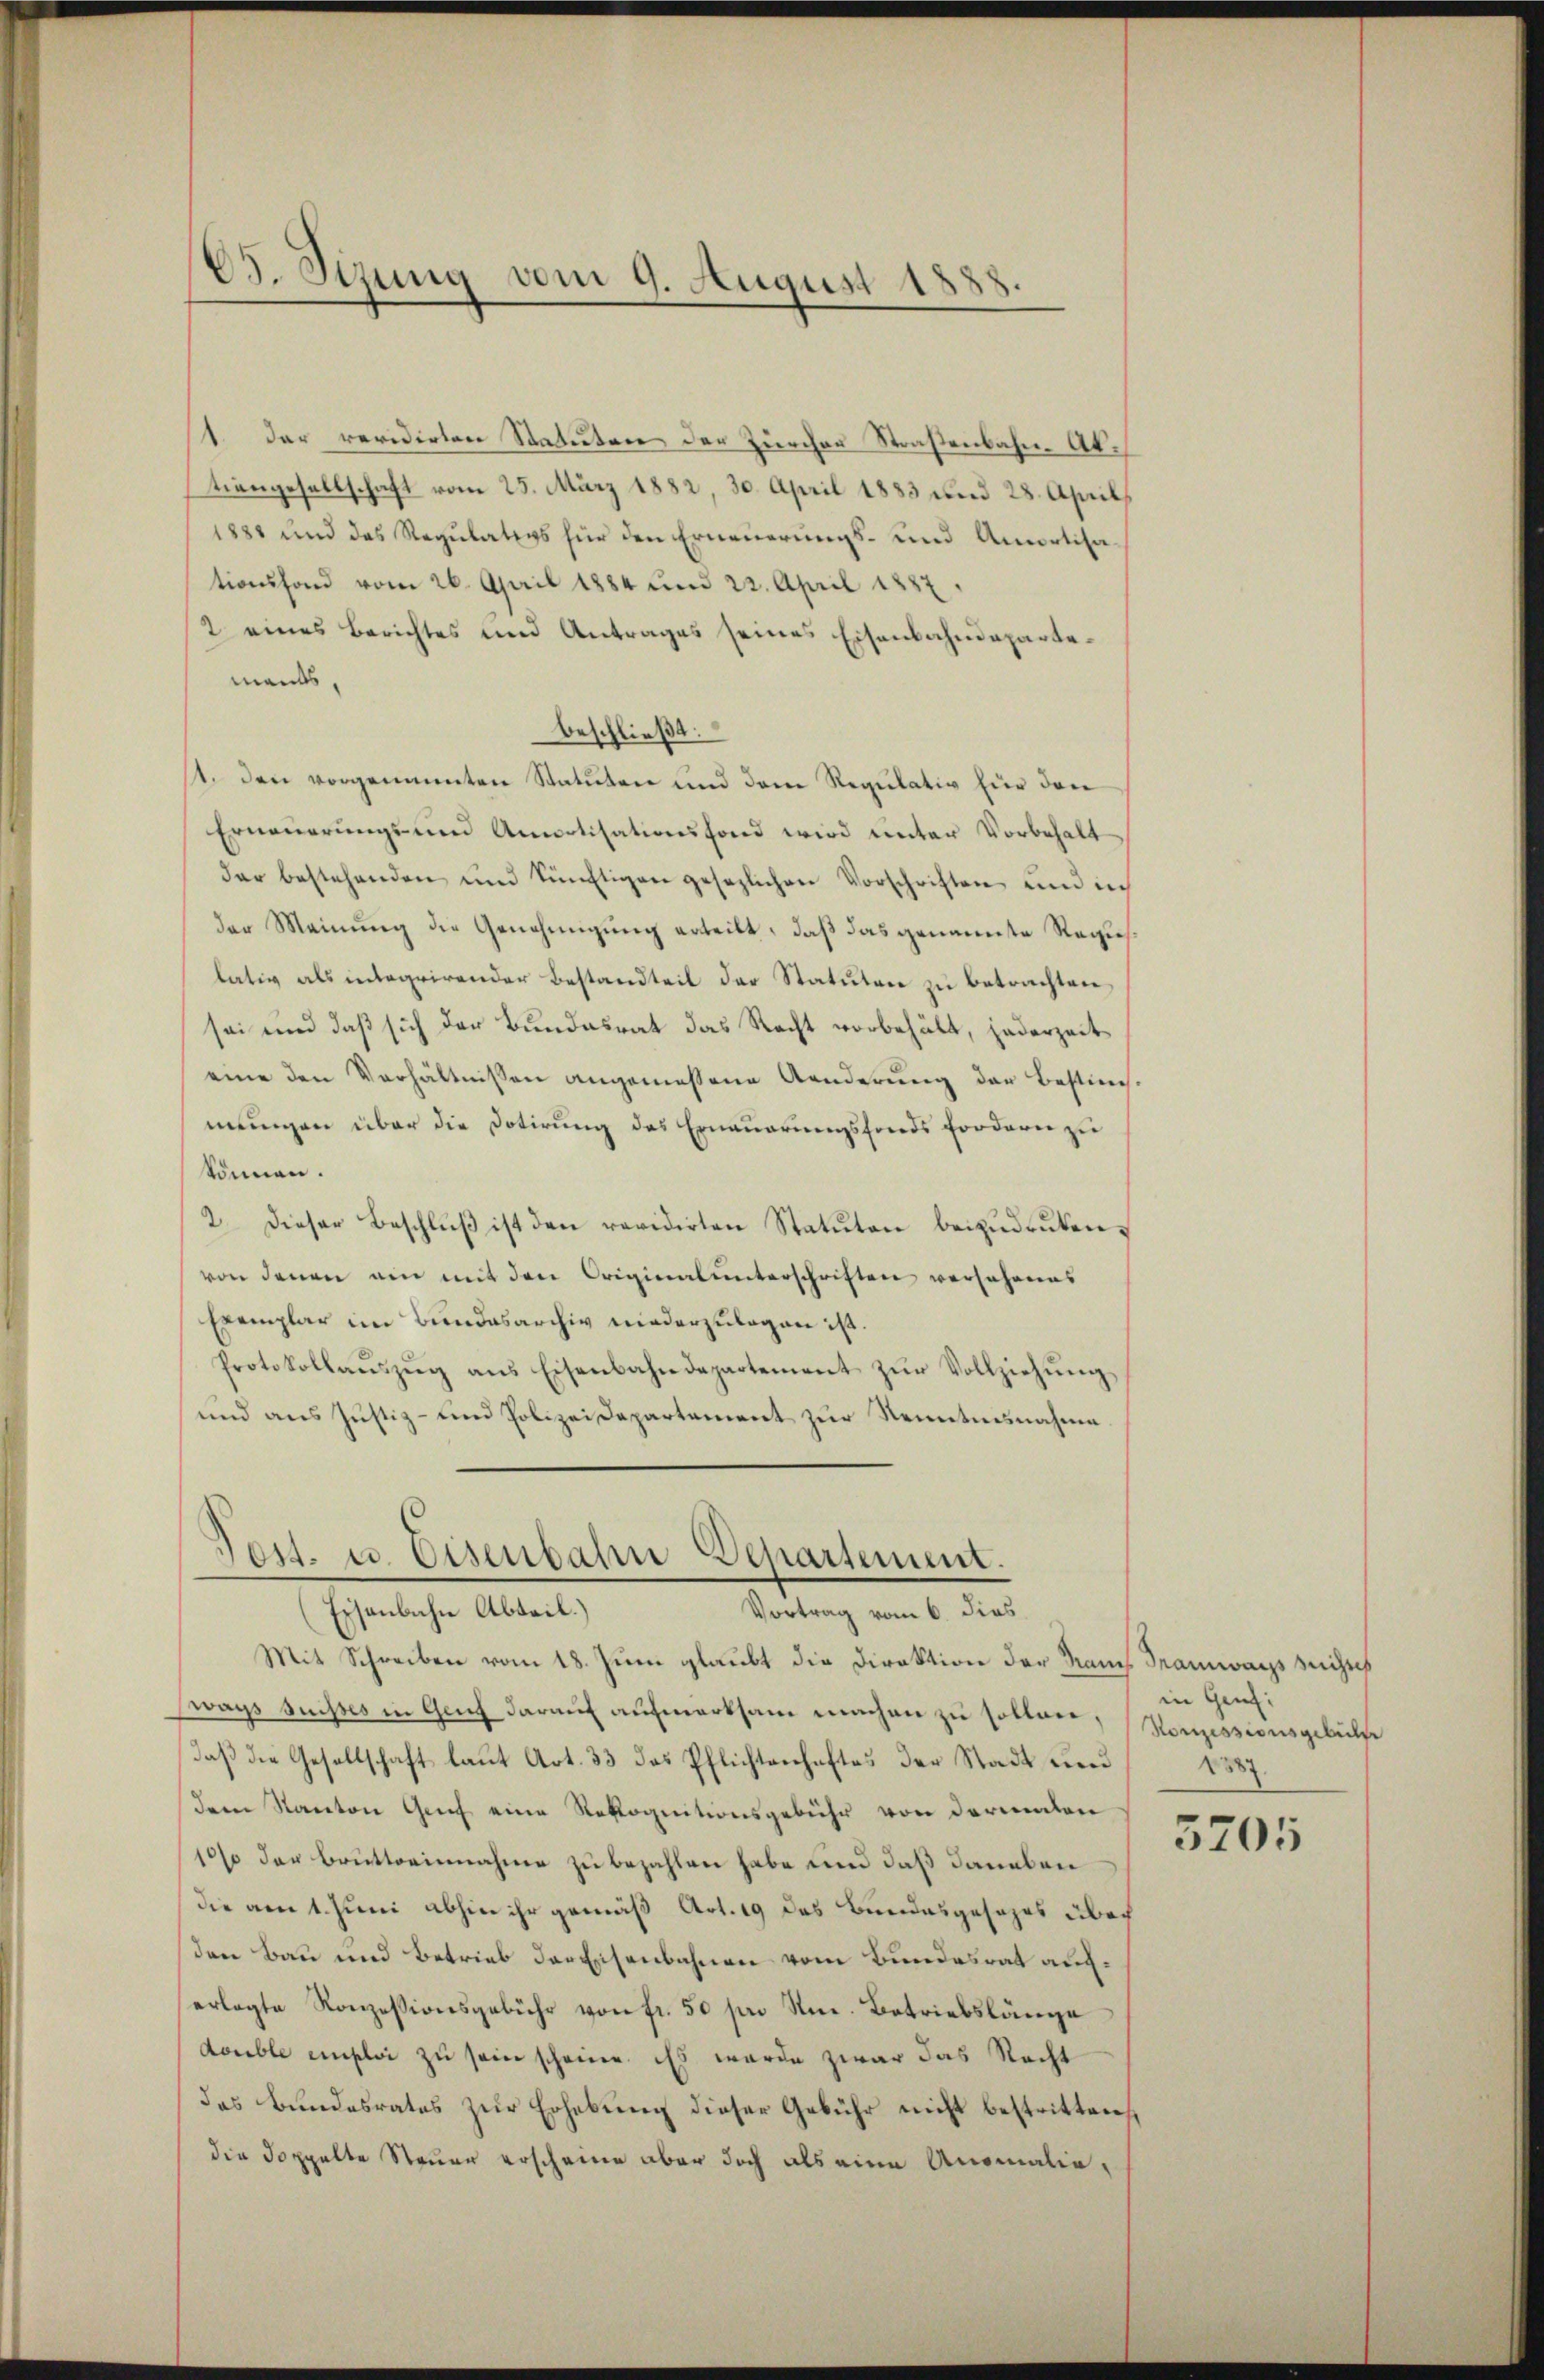
C. Sizung vom 9. August 1888.

1. Der revidirten Statuten der Zürcher Straßenbahn-Abtiengesellschaft vom 25. März 1882, 30. April 1883 und 28. April
1888 und das Regulativs für den Erneuerungs- und Amortisa-
tionsfond vom 26. April 1884 und 22. April 1887.
2 eines Berichtes und Antrages seines Eisenbahndepartemants,
beschließt:
st. Den vorgenannten Statuten und dem Regulatio hier der
Erneuerungs- und Amortisationsfond wird unter Vorbehalt
der bestehenden und künftigen gesezlichen Vorschriften und in
der Meinung die Genehmigung erteilt, daß das genannte Regielativ als integrirender Bestandteit der Statuten zu betrachten,
sei und daß sich der Bundesrat das Recht vorbehält, jederzeit
eine den Verhältnissen angemessene Aenderung der Bestim-
mungen über die Dotirung des Erneuerungsfonds fordern zu
können.
2. Dieser Beschlŭβ ist den revidirten Statuten beizŭdrüken.
von denen ain mit den Originalunterschriften versehenes
Exemplar im Bundesarchiv niederzulagen ist.
Protokollaŭszŭg ans Eisenbahndepartement zŭr Vollziehŭng
und aus Justiz- und Polizei Departement zur Remetnesnahme

Post. u. Eisenbahn Departement.
Eisenbahn Abteil.)
Vortrag vom 6. dies
Mit Schreiben vom 18. Juni glaubt die Direktion der Name Tramways sichtes

ways suisses in Genf darauf aufmerksam machen zu sollen, Konzessionsgelitze
daß die Gesellschaft laut Art. 33 das Pflichtenhaftes der Stadt und
dem Kanton Genf eine Rekognitionsgebühr von dermalen
10% der Brütterinnahme zu bezahlen habe und daß daneben
die am 1. Juni abhin ihr gemäß Art. 19 des Bundesgesezes übri
den Bau und Betrieb der Eisenbahnen vom Bundesrat auferlegte Konzessionsgebühr von fr. 50 sm Sn. Betriebslänge
double emploi zu sein scheine. Es wurde zwar das Recht
das Bundesrates zur Erhebung dieser Gebühr nicht bestritten,
die doppelte Steuer erscheine aber doch als eine Anomalie,

in Genf.
1387.

5705